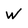
Character: W